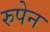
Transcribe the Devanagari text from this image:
रुपेन